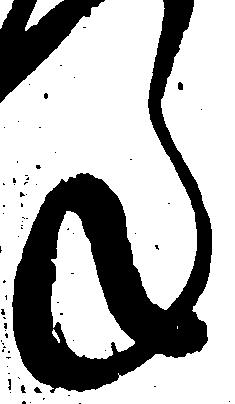
ね